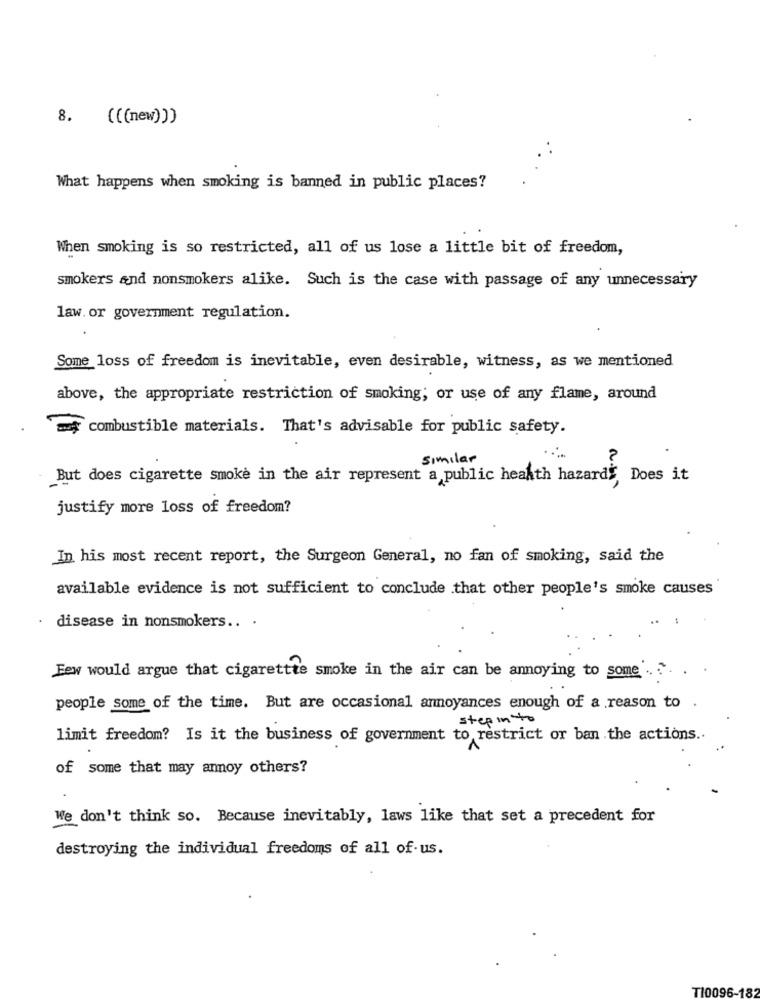
8.
(((new)))
What happens when smoking is banned in public places?
When smoking is so restricted, all of us lose a little bit of freedom,
smokers and nonsmokers alike. Such is the case with passage of any unnecessary
law. or government regulation.
Some loss of freedom is inevitable, even desirable, witness, as we mentioned
above, the appropriate restriction of smoking; or use of any flame, around
=4y combustible materials. That's advisable for public safety.
similar
2
But does cigarette smoke in the air represent a public health hazardE Does it
justify more loss of freedom?
In his most recent report, the Surgeon General, no fan of smoking, said the
available evidence is not sufficient to conclude that other people's smoke causes
disease in nonsmokers .. .
Few would argue that cigarettte smoke in the air can be annoying to some .. ..
people some of the time. But are occasional annoyances enough of a reason to
step in to
limit freedom? Is it the business of government to restrict or ban the actions ..
of some that may annoy others?
We don't think so. Because inevitably, laws like that set a precedent for
destroying the individual freedoms of all of us.
T10096-182